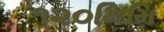
૧૨૦મિમિ